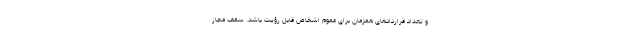
و تعداد قراردادهای همزمان برای عموم اشخاص قابل رؤیت باشد. سقف مجاز